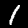
Digit: 1